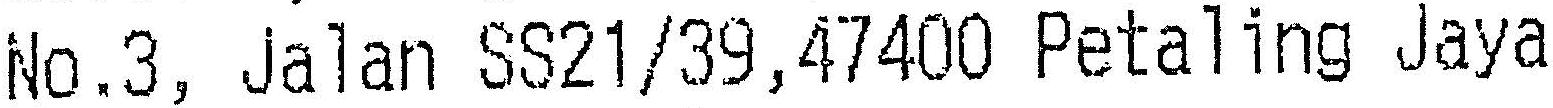
NO.3, JALAN SS21/39,47400 PETALING JAYA